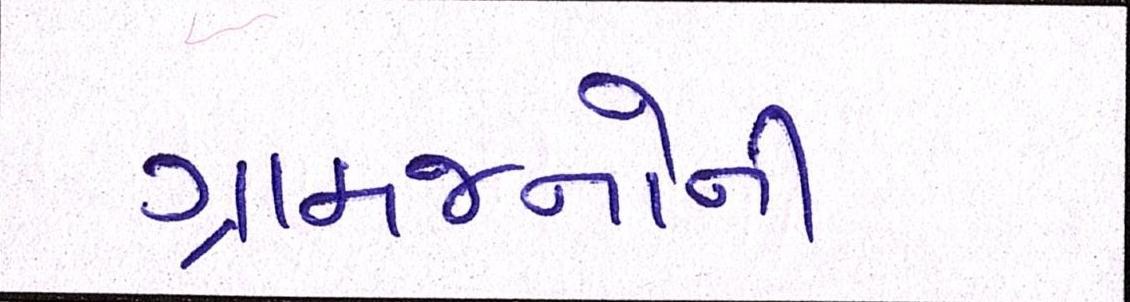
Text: ગ્રામજનોની